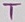
Text: T